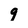
Character: q